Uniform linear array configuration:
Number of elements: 32
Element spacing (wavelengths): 0.5
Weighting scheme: blackman
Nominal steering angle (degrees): -45
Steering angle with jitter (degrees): -45.702
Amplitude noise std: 0.05
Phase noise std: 0.05

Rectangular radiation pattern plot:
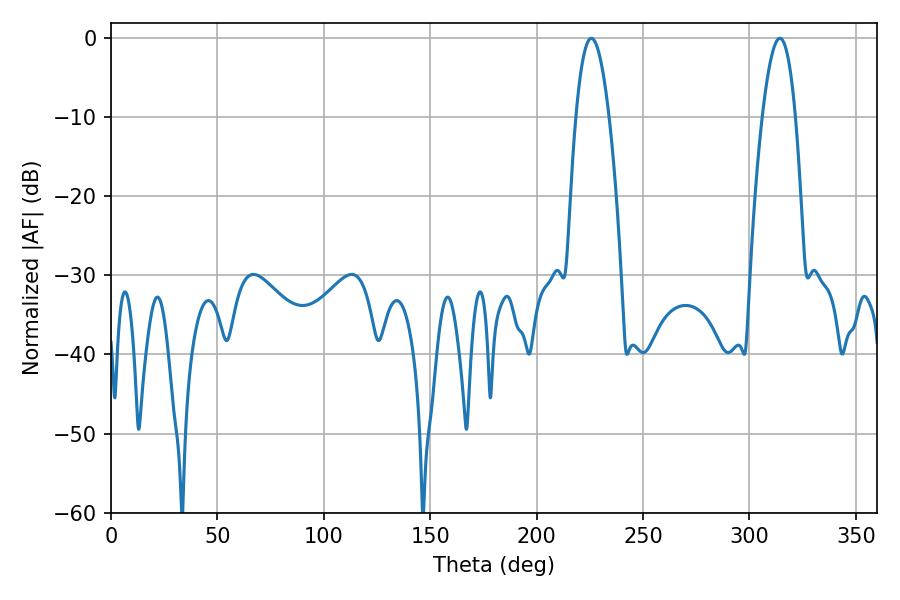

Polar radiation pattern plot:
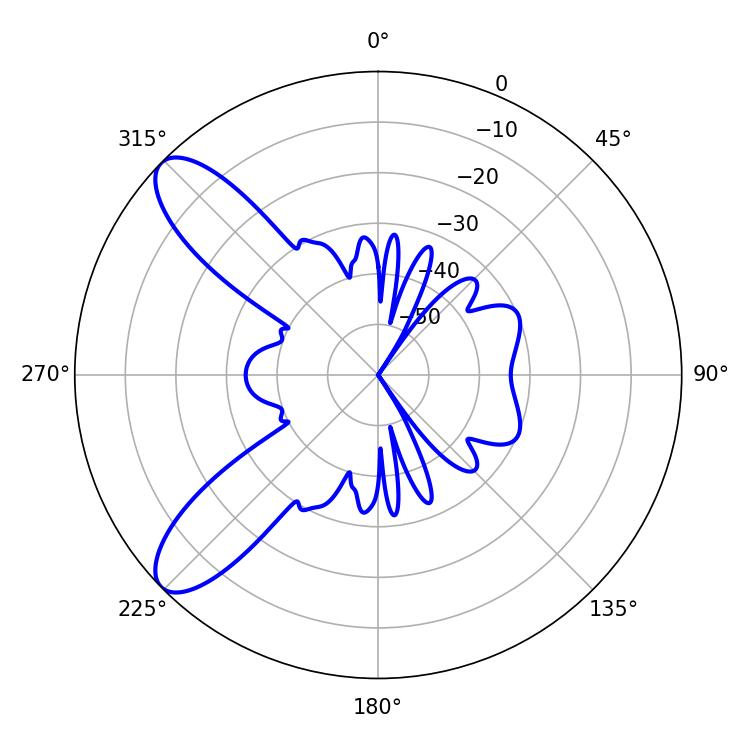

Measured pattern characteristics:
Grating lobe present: FALSE
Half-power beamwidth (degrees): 8.64
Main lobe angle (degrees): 314.28